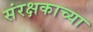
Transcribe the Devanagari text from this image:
संरक्षकाच्या